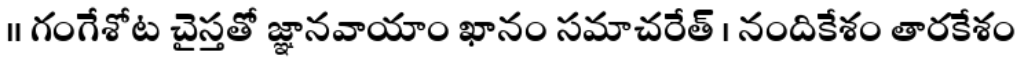
॥ గంగేశోట చైస్తతో జ్ఞానవాయాం ఖానం సమాచరేత్ । నందికేశం తారకేశం